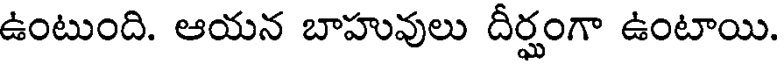
ఉంటుంది. ఆయన బాహువులు దీర్ఘంగా ఉంటాయి.